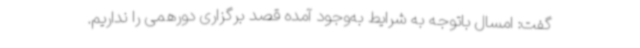
گفت: امسال باتوجه به شرایط به‌وجود آمده قصد برگزاری دورهمی را نداریم.